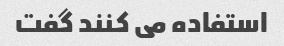
استفاده می کنند گفت